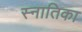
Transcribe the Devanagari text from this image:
स्नातिका